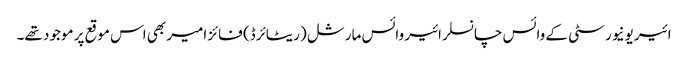
ائیر یونیورسٹی کے وائس چانسلر ائیر وائس مارشل (ریٹائرڈ) فائز امیر بھی اس موقع پر موجود تھے۔